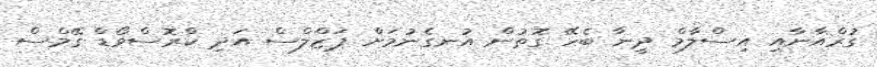
ގުރްއާނާއި އިސްލާމް ދީނާ ބެހޭ ގޮތުން އުނގެނުމަށް ޕަޒްލްސް އަދި ކްރޮސްވޯޑް ގޭމްސް